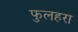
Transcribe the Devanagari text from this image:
फुलहरा